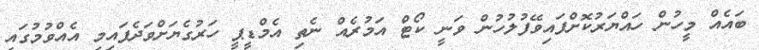
ބައެއް މީހުން ހައްޔަރުކޮށްފައިވޭފުލުހުން ވަނީ ކޯޓް އަމުރެއް ނެތި އެމްޑީޕީ ހަރުގެޔަށްވަދެފައިމި އެއްވުމުގައި